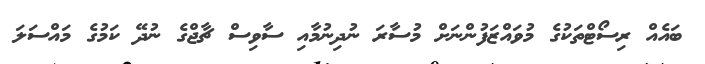
ބައެއް ރިސޯޓްތަކުގެ މުވައްޒަފުންނަށް މުސާރަ ނުދިނުމާއި ސާވިސް ޗާޖްގެ ނުދޭ ކަމުގެ މައްސަލަ